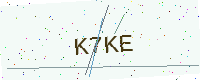
Text: K7KE